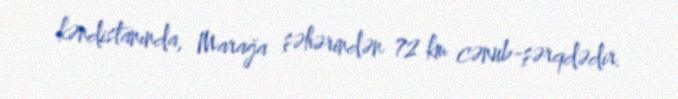
kəndistanında, Marağa şəhərindən 72 km cənub-şərqdədir.